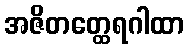
အဇိတတ္ထေရဂါထာ